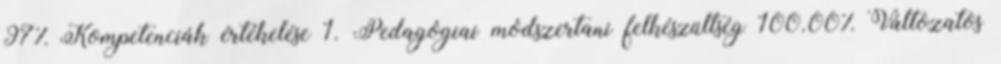
97% Kompetenciák értékelése 1. Pedagógiai módszertani felkészültség 100.00% Változatos